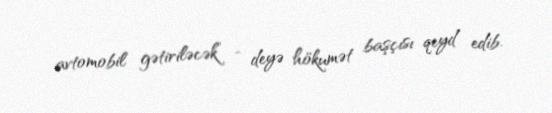
avtomobil gətiriləcək” - deyə hökumət başçısı qeyd edib.